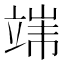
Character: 𱷪